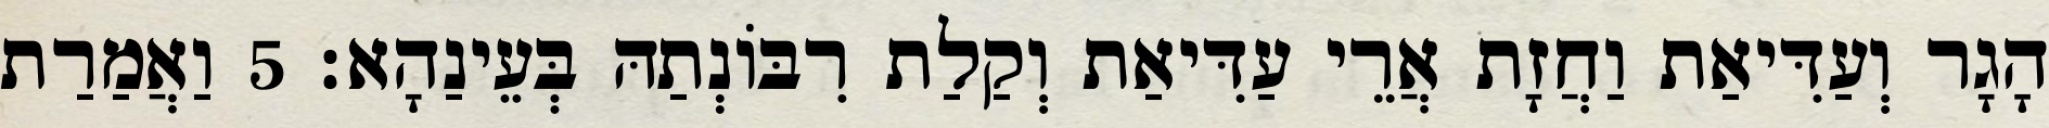
הָגָר וְעַדִּיאַת וַחֲזָת אֲרֵי עַדִּיאַת וְקַלַת רִבּוֹנְתַהּ בְּעֵינַהָא׃ 5 וַאֲמַרַת